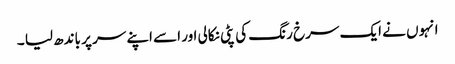
انہوں نے ایک سرخ رنگ کی پٹی نکالی اور اسے اپنے سر پر باندھ لیا ۔